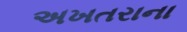
અખતરાના